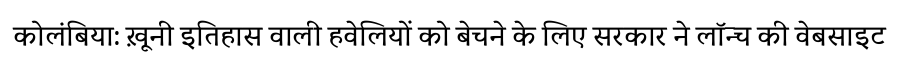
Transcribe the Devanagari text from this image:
कोलंबिया: ख़ूनी इतिहास वाली हवेलियों को बेचने के लिए सरकार ने लॉन्च की वेबसाइट